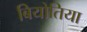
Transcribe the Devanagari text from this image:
बियोतिया